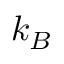
k _ { B }